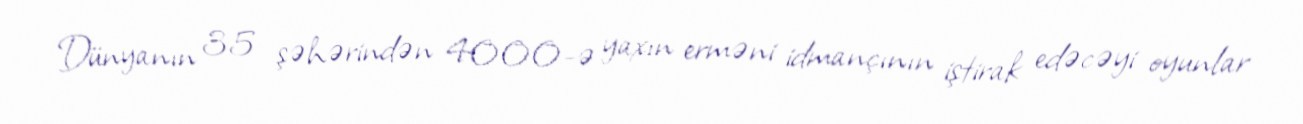
Dünyanın 35 şəhərindən 4000-ə yaxın erməni idmançının iştirak edəcəyi oyunlar